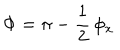
LaTeX: \Phi = \pi - \frac { 1 } { 2 } \, \phi _ { x }